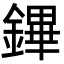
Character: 鏎